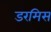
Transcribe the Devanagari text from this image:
डरमिस